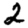
Digit: 2